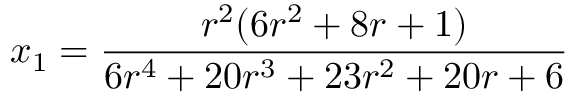
x _ { 1 } = \frac { r ^ { 2 } ( 6 r ^ { 2 } + 8 r + 1 ) } { 6 r ^ { 4 } + 2 0 r ^ { 3 } + 2 3 r ^ { 2 } + 2 0 r + 6 }